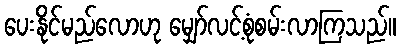
ပေးနိုင်မည်လောဟု မျှော်လင့်စုံစမ်းလာကြသည်။